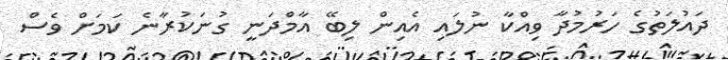
ދައުލަތުގެ ހަރުމުދާ ވިއްކާ ނުލައި އެއިން ލިބޭ އާމްދަނީ ގުނަކުރާނެ ކަމަށް ވެސް